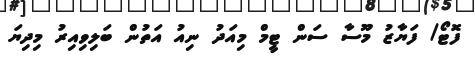
ފޮޓޯ/ ފަޔާޒު މޫސާ ސަން ޓީމް މިއަދު ނިއު އަތުން ބަލިވިއިރު މިދިޔަ